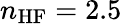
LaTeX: n_{\mathrm{HF}}=2.5